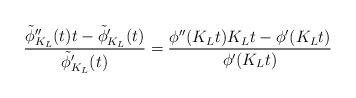
LaTeX: \begin{align*} \frac{\tilde{\phi}^{\prime\prime}_{K_L}(t)t - \tilde{\phi}^\prime_{K_L}(t) }{\tilde{\phi}^\prime_{K_L}(t)} = \frac{\phi^{\prime\prime}(K_Lt)K_Lt - \phi^\prime(K_Lt)}{\phi^\prime(K_Lt)}\end{align*}